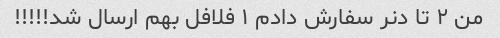
من ۲ تا دنر سفارش دادم ۱ فلافل بهم ارسال شد!!!!!